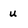
Character: u